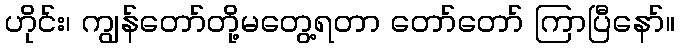
ဟိုင်း၊ ကျွန်တော်တို့မတွေ့ရတာ တော်တော် ကြာပြီနော်။